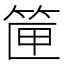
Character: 筪